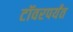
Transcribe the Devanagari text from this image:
टॉवरपर्यंत